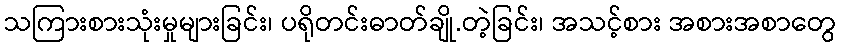
သကြားစားသုံးမှုများခြင်း၊ ပရိုတင်းဓာတ်ချို.တဲ့ခြင်း၊ အသင့်စား အစားအစာတွေ